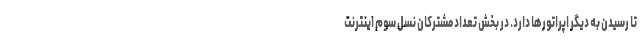
تا رسیدن به دیگر اپراتورها دارد. در بخش تعداد مشترکان نسل سوم اینترنت